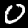
Digit: 0